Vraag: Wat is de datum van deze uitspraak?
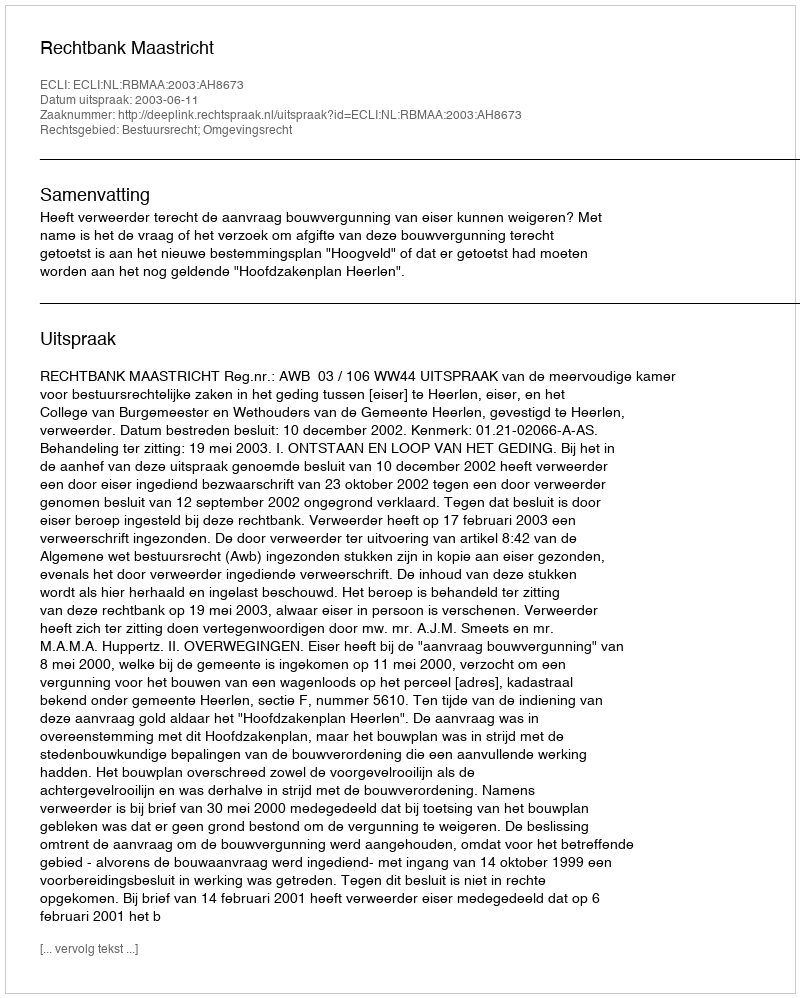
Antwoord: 2003-06-11